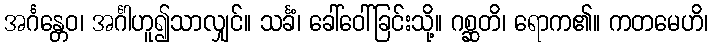
အင်္ဂန္တေဝ၊ အင်္ဂါဟူ၍သာလျှင်။ သင်္ခံ၊ ခေါ်ဝေါ်ခြင်းသို့။ ဂစ္ဆတိ၊ ရောက၏။ ကတမေဟိ၊